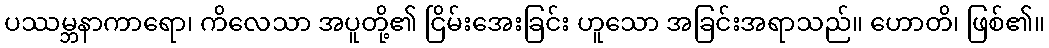
ပဿမ္ဘနာကာရော၊ ကိလေသာ အပူတို့၏ ငြိမ်းအေးခြင်း ဟူသော အခြင်းအရာသည်။ ဟောတိ၊ ဖြစ်၏။